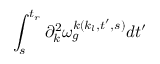
\int _ { s } ^ { t _ { r } } \partial _ { k } ^ { 2 } \omega _ { g } ^ { k ( k _ { l } , t ^ { \prime } , s ) } d t ^ { \prime }